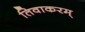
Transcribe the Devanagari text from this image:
तिवाकरम्